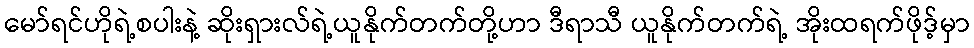
မော်ရင်ဟိုရဲ့စပါးနဲ့ ဆိုးရှားလ်ရဲ့ယူနိုက်တက်တို့ဟာ ဒီရာသီ ယူနိုက်တက်ရဲ့ အိုးထရက်ဖိုဒ့်မှာ